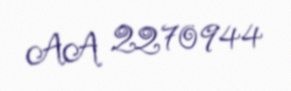
AA 2270944